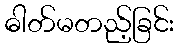
ဓါတ်မတည့်ခြင်း